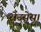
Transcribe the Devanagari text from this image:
रोउसेस।